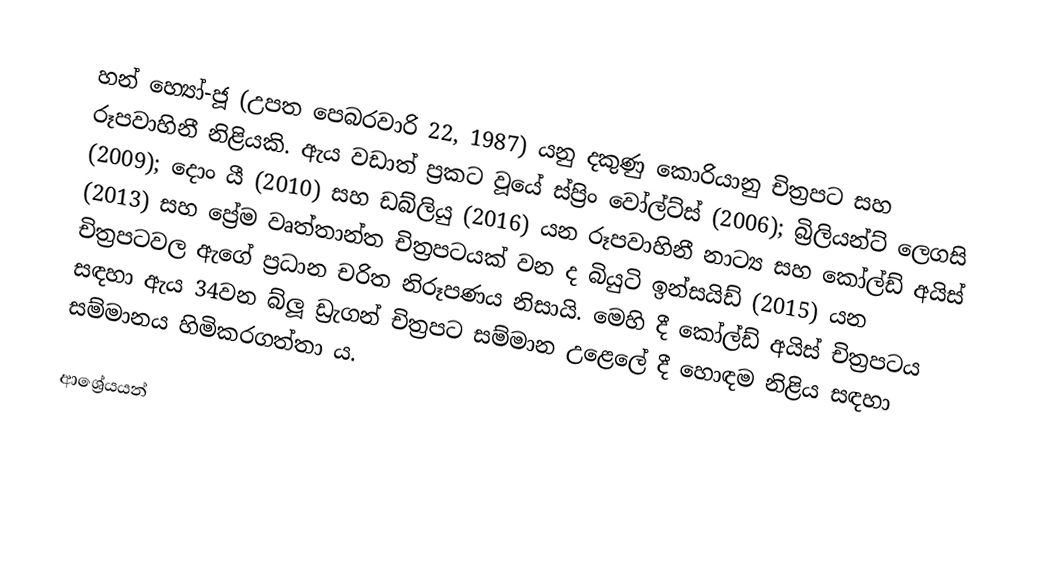
හන් හ්‍යෝ-ජූ (උපත පෙබරවාරි 22, 1987) යනු දකුණු කොරියානු චිත්‍රපට සහ රූපවාහිනී නිළියකි. ඇය වඩාත් ප්‍රකට වූයේ ස්ප්‍රිං වෝල්ට්ස් (2006); බ්‍රිලියන්ට් ලෙගසි (2009);  දොං යී (2010) සහ ඩබ්ලියු (2016) යන රූපවාහිනී නාට්‍ය සහ කෝල්ඩ් අයිස් (2013) සහ ප්‍රේම වෘත්තාන්ත චිත්‍රපටයක් වන ද බියුටි ඉන්සයිඩ් (2015) යන චිත්‍රපටවල ඇගේ ප්‍රධාන චරිත නිරූපණය නිසායි. මෙහි දී කෝල්ඩ් අයිස් චිත්‍රපටය සඳහා ඇය 34වන බ්ලූ ඩ්‍රැගන් චිත්‍රපට සම්මාන උළෙලේ දී හොඳම නිළිය සඳහා සම්මානය හිමිකරගත්තා ය.

ආශ්‍රේයයන්